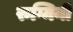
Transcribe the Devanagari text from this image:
रुग्मिनी